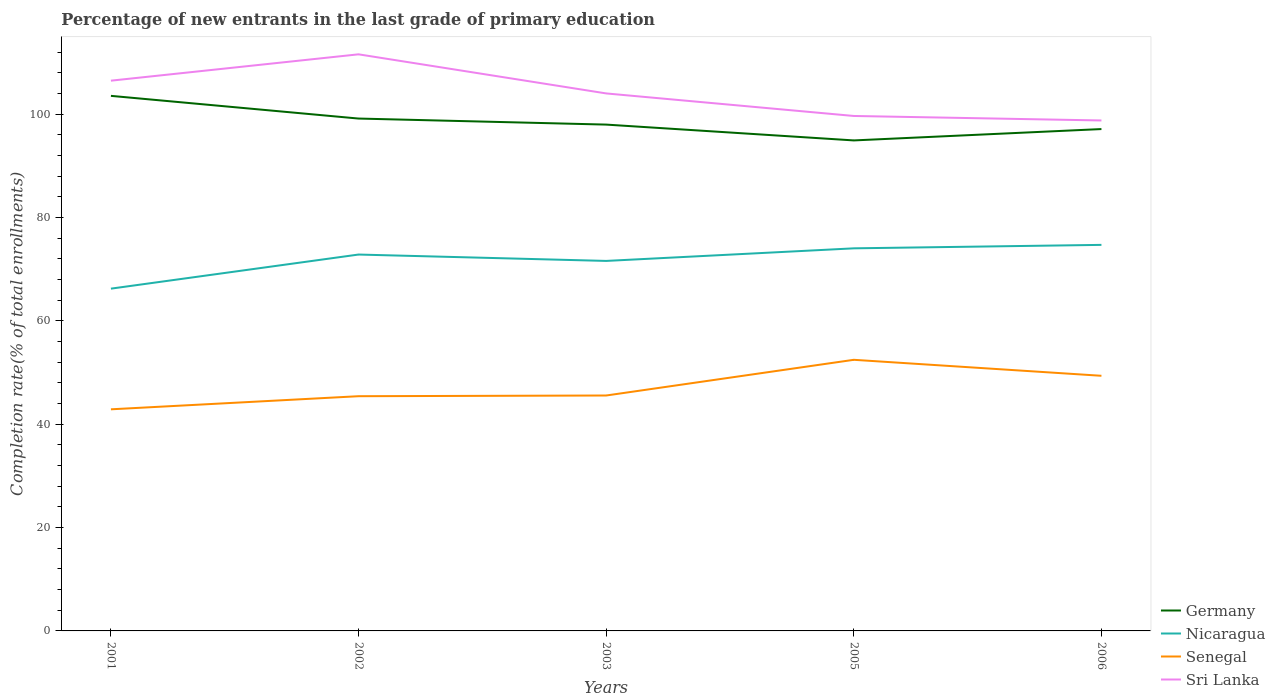
| Years | Germany | Nicaragua | Senegal | Sri Lanka |
 | --- | --- | --- | --- | --- |
 | 2001 | 104 | 66.2 | 42.9 | 106 |
 | 2002 | 99.1 | 72.8 | 45.4 | 112 |
 | 2003 | 98 | 71.6 | 45.6 | 104 |
 | 2005 | 94.9 | 74 | 52.5 | 99.6 |
 | 2006 | 97.1 | 74.7 | 49.4 | 98.8 |